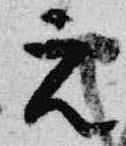
元